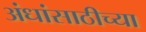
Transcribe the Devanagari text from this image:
अंधांसाठीच्या